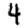
Digit: 4